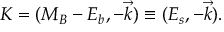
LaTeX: K = ( M _ { B } - E _ { b } , - \vec { k } ) \equiv ( E _ { s } , - \vec { k } ) .